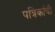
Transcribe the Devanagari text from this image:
पत्रिकांची